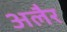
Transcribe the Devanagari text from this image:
अलैर